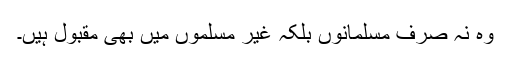
وہ نہ صرف مسلمانوں بلکہ غیر مسلموں میں بھی مقبول ہیں۔